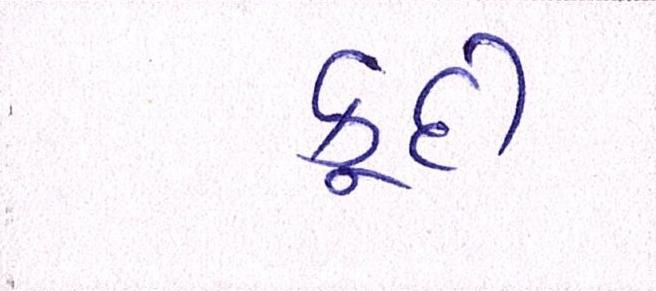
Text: કૂદી